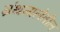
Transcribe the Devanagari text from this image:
ग्रंथमालेतील